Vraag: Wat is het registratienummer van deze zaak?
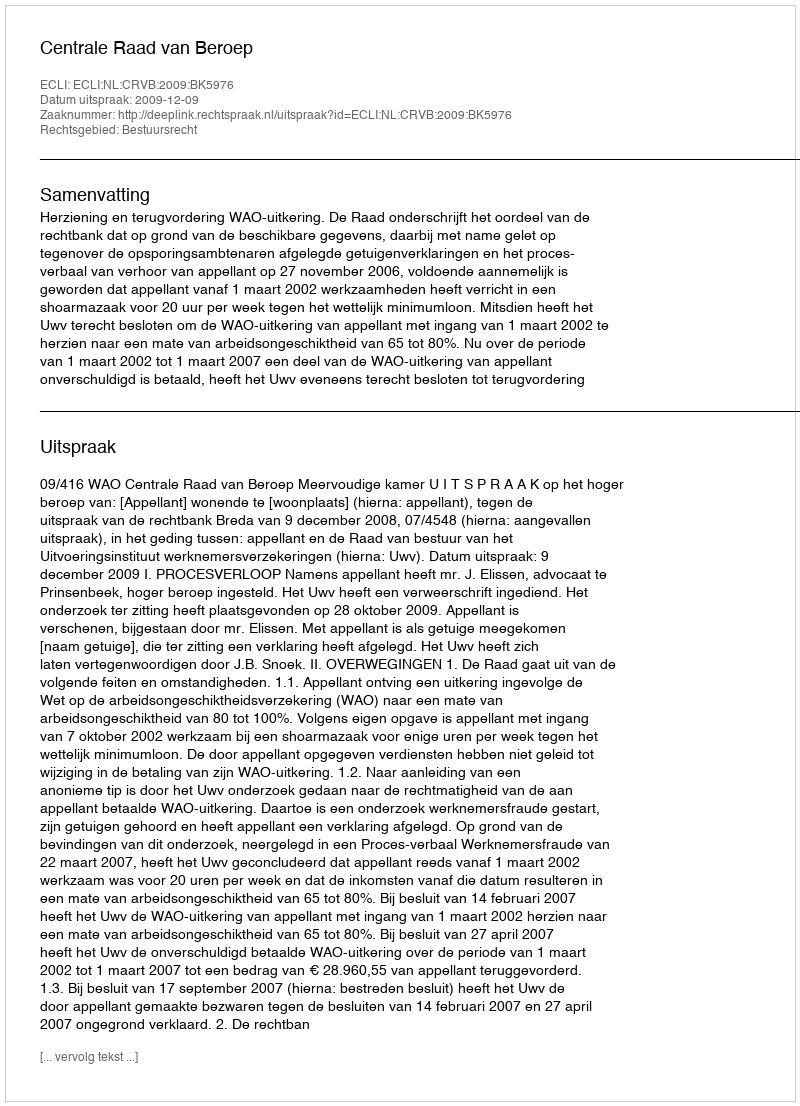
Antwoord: http://deeplink.rechtspraak.nl/uitspraak?id=ECLI:NL:CRVB:2009:BK5976